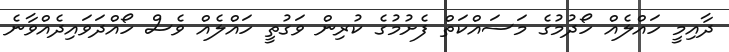
ދާއިމީ ހައްލެއް ހޯދުމުގެ މަސައްކަތް ފެށުމުގެ ކުރިން ވަގުތީ ހައްލެއް ވެސް ހޯއްދަވައިދެއްވާނެ